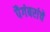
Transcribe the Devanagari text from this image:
पैगंबरांचे